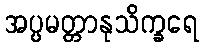
အပ္ပမတ္တာနုသိက္ခရေ